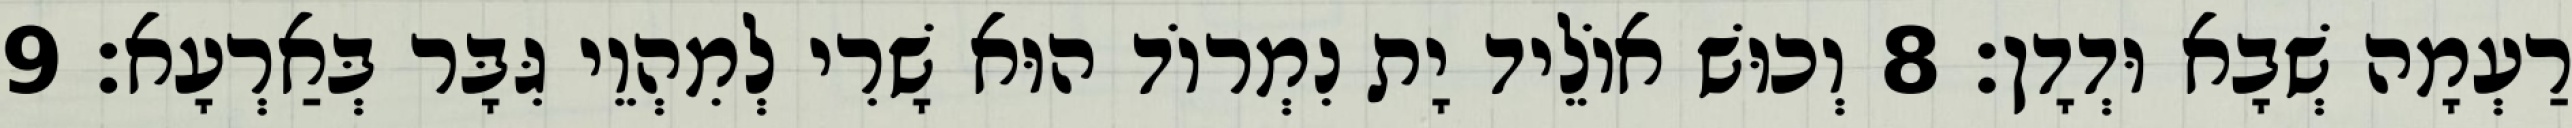
רַעְמָה שְׁבָא וּדְדָן׃ 8 וְכוּשׁ אוֹלֵיד יָת נִמְרוֹד הוּא שָׁרִי לְמִהְוֵי גִּבָּר בְּאַרְעָא׃ 9